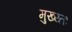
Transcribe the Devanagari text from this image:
मुख्य्तः